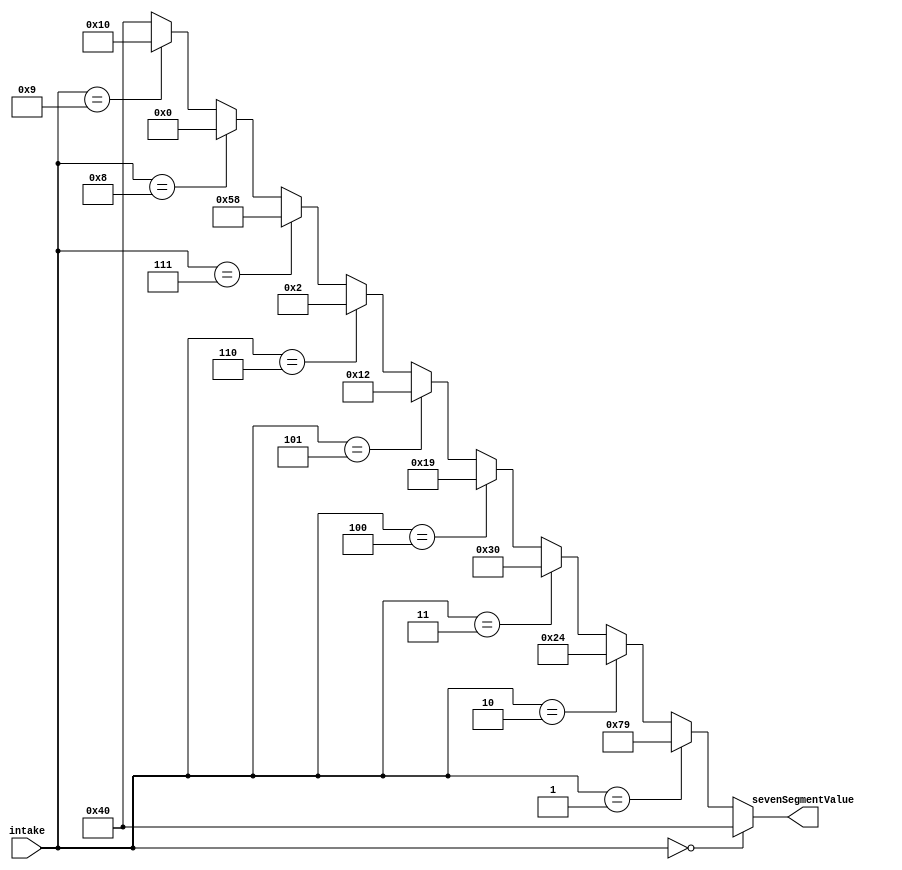
`timescale 1ns/1ns
module sevenSegmentDriver( 
input [3:0] intake,
output reg [6:0] sevenSegmentValue
);


always begin
sevenSegmentValue =~7'b0000000;
if(intake==4'b0000) begin //0
sevenSegmentValue =~7'b0111111;
end else if(intake==4'b0001) begin //1
sevenSegmentValue =~7'b0000110;
end else if(intake==4'b0010) begin //2
sevenSegmentValue =~7'b1011011;
end else if(intake==4'b0011) begin //3
sevenSegmentValue =~7'b1001111;
end else if(intake==4'b0100) begin //4
sevenSegmentValue =~7'b1100110;
end else if(intake==4'b0101) begin //5
sevenSegmentValue =~7'b1101101;
end else if(intake==4'b0110) begin //6
sevenSegmentValue =~7'b1111101;
end else if(intake==4'b0111) begin //7
sevenSegmentValue =~7'b0100111;
end else if(intake==4'b1000) begin //8
sevenSegmentValue =~7'b1111111;
end else if(intake==4'b1001) begin //9
sevenSegmentValue =~7'b1101111;
end else begin
sevenSegmentValue =~7'b0111111;
end
#20; //time delay
end //end for the always block

endmodule